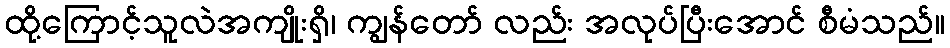
ထို့ကြောင့်သူလဲအကျိုးရှိ၊ ကျွန်တော် လည်း အလုပ်ပြီးအောင် စီမံသည်။